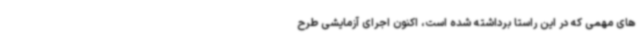
های مهمی که در این راستا برداشته شده است، اکنون اجرای آزمایشی طرح